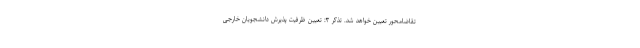
تقاضامحور تعیین خواهد شد. تذکر ۳: تعیین ظرفیت پذیرش دانشجویان خارجی